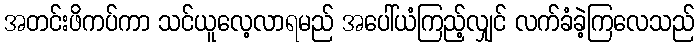
အတင်းဖိကပ်ကာ သင်ယူလေ့လာရမည် အပေါ်ယံကြည့်လျှင် လက်ခံခဲ့ကြလေသည်